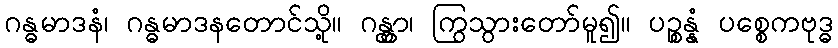
ဂန္ဓမာဒနံ၊ ဂန္ဓမာဒနတောင်သို့။ ဂန္တွာ၊ ကြွသွားတော်မူ၍။ ပဉ္စန္နံ ပစ္စေကဗုဒ္ဓ